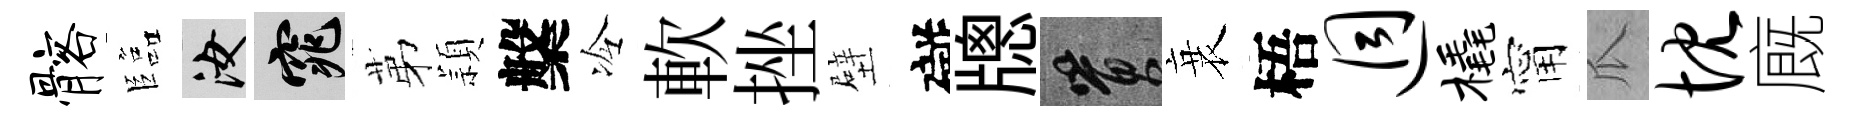
髂臨汝窕苐頴槃冷軟挫壁礙牕篔衰梧迥橇甯瓜忱廐